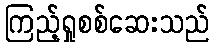
ကြည့်ရှုစစ်ဆေးသည်